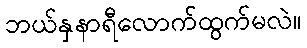
ဘယ်နှနာရီလောက်ထွက်မလဲ။